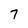
Character: 7